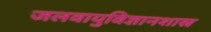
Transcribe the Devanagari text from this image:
जलवायुविज्ञानशास्र